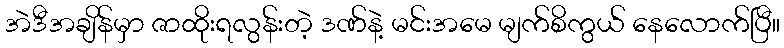
အဲဒီအချိန်မှာ ဇာထိုးရလွန်းတဲ့ ဒဏ်နဲ့ မင်းအမေ မျက်စိကွယ် နေလောက်ပြီ။